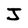
Character: J